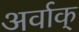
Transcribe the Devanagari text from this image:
अर्वाक्